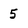
Character: 5